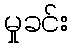
မှုခင်း